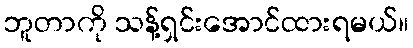
ဘူတာကို သန့်ရှင်းအောင်ထားရမယ်။